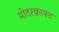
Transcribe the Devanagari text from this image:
मोटरक्राफ्ट